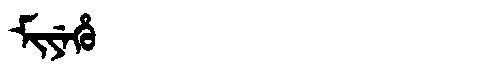
Manchu: ᠮᡳᠶᡝᡥᡠ
Romanization: MIYEHU